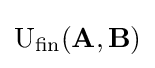
{\text{U}}_{\text{fin}}(\mathbf {A} ,\mathbf {B} )